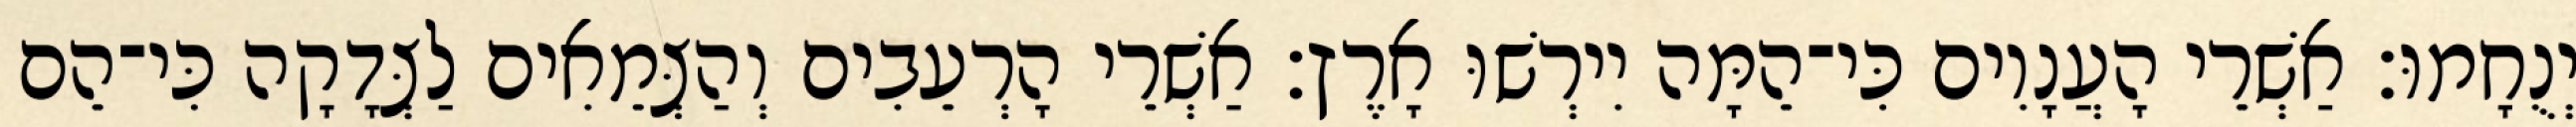
יְנֻחָמוּ׃ אַשְׁרֵי הָעֲנָוִים כִּי־הֵמָּה יִירְשׁוּ אָרֶץ׃ אַשְׁרֵי הָרְעֵבִים וְהַצְּמֵאִים לַצְּדָקָה כִּי־הֵם